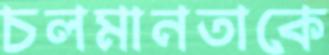
চলমানতাকে